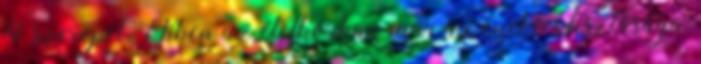
fő szerepet. Ebben az életkorban már az éneklés tisztasága,